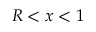
R < x < 1